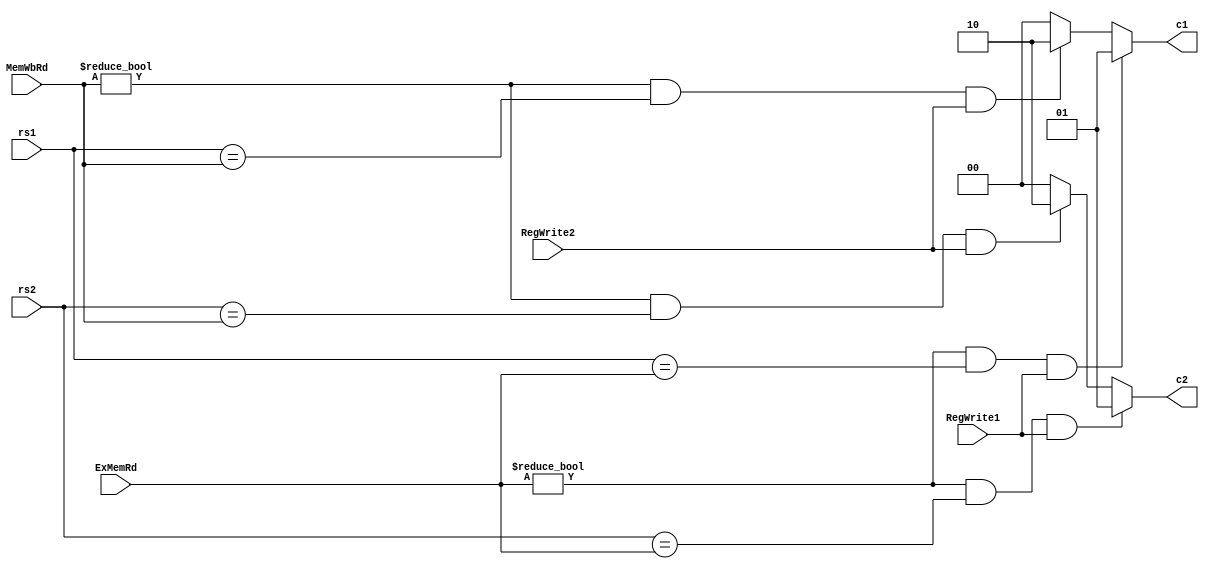
`timescale 1ns / 1ps
//////////////////////////////////////////////////////////////////////////////////
// Company: 
// Engineer: 
// 
// Design Name: 
// Module Name: ForwardUnit
// Project Name: 
// Target Devices: 
// Tool Versions: 
// Description: 
// 
// Dependencies: 
// 
// Revision:
// Revision 0.01 - File Created
// Additional Comments:
// 
//////////////////////////////////////////////////////////////////////////////////


module ForwardUnit(input[4:0]rs1,input[4:0]rs2,input[4:0]ExMemRd,input RegWrite1,
input[4:0]MemWbRd,input RegWrite2,output reg [1:0]  c1,output reg [1:0]  c2);

always @(*)
begin
       if((ExMemRd !=0 &&  rs1==ExMemRd)&&(RegWrite1==1))
            c1=2'b01; //rd2
           else if(((MemWbRd!=0 &&  rs1==MemWbRd))&&(RegWrite2==1))
            c1=2'b10; //rd1
         else c1=2'b00;     //rs1


             if((ExMemRd !=0 && rs2==ExMemRd)&&(RegWrite1==1))
                    c2=2'b01; //rd2
        else if((MemWbRd !=0 && rs2==MemWbRd)&&(RegWrite2==1))
            c2=2'b10; //rd1
        else c2=2'b00; //rs2
end
endmodule




//module ForwardUnit(input[4:0]ex_rs1,input[4:0]ex_rs2,input [4:0] mem_rd,input mem_regwrite,input [4:0] wb_rd,input wb_regwrite,output [1:0]A,
//output [1:0]B);



// wire x,y,x2,y2, a,b,c,d,e,f,g,h;
// assign a=(mem_regwrite==1);
// assign b=(mem_rd!=0);
// assign c=(mem_rd==ex_rs1);
// assign d=(mem_rd==ex_rs2);
// assign x=a&b&c;
// assign A[1]= x;
// assign y=a&b&c;
// assign B[1]= y;
// assign e=(wb_regwrite==1);
// assign f=(wb_rd!=0);
// assign g=(wb_regwrite==ex_rs1);
// assign h=(wb_regwrite==ex_rs2);
// assign x2=(e&f&g);
// assign y2=(e&f&h);
// assign A[0]=~(x) & x2;
// assign B[0]=~y &y2; 
//endmodule